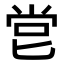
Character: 𠤠